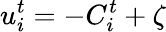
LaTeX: u_{i}^{t}=-C_{i}^{t}+\zeta